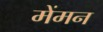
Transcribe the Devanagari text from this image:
मेंमन